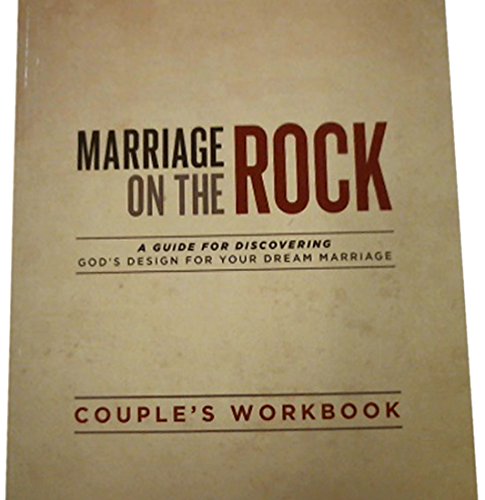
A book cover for Marriage On The Rock: Couple's Discussion Guide; Jimmy Evans; Parenting & Relationships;